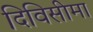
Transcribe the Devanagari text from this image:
दिविसीमा